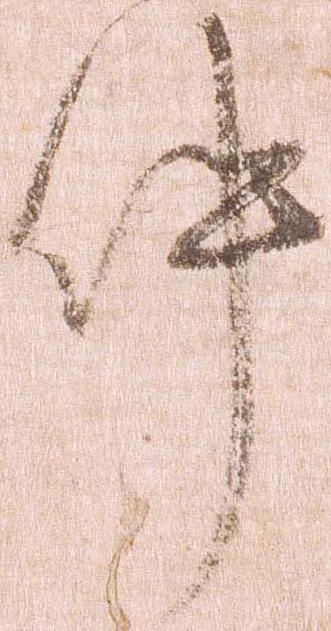
件